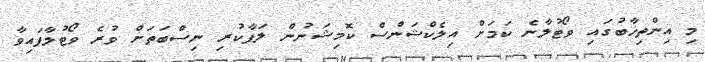
މި އިންތިޚާބުގައި ވޯޓުލާނެ ކަމަށް އިލެކްޝަންސް ކޮމިޝަނުން ލަފާކުރި ނިސްބަތަށް ވުރެ ވޯޓުލާފައިވާ